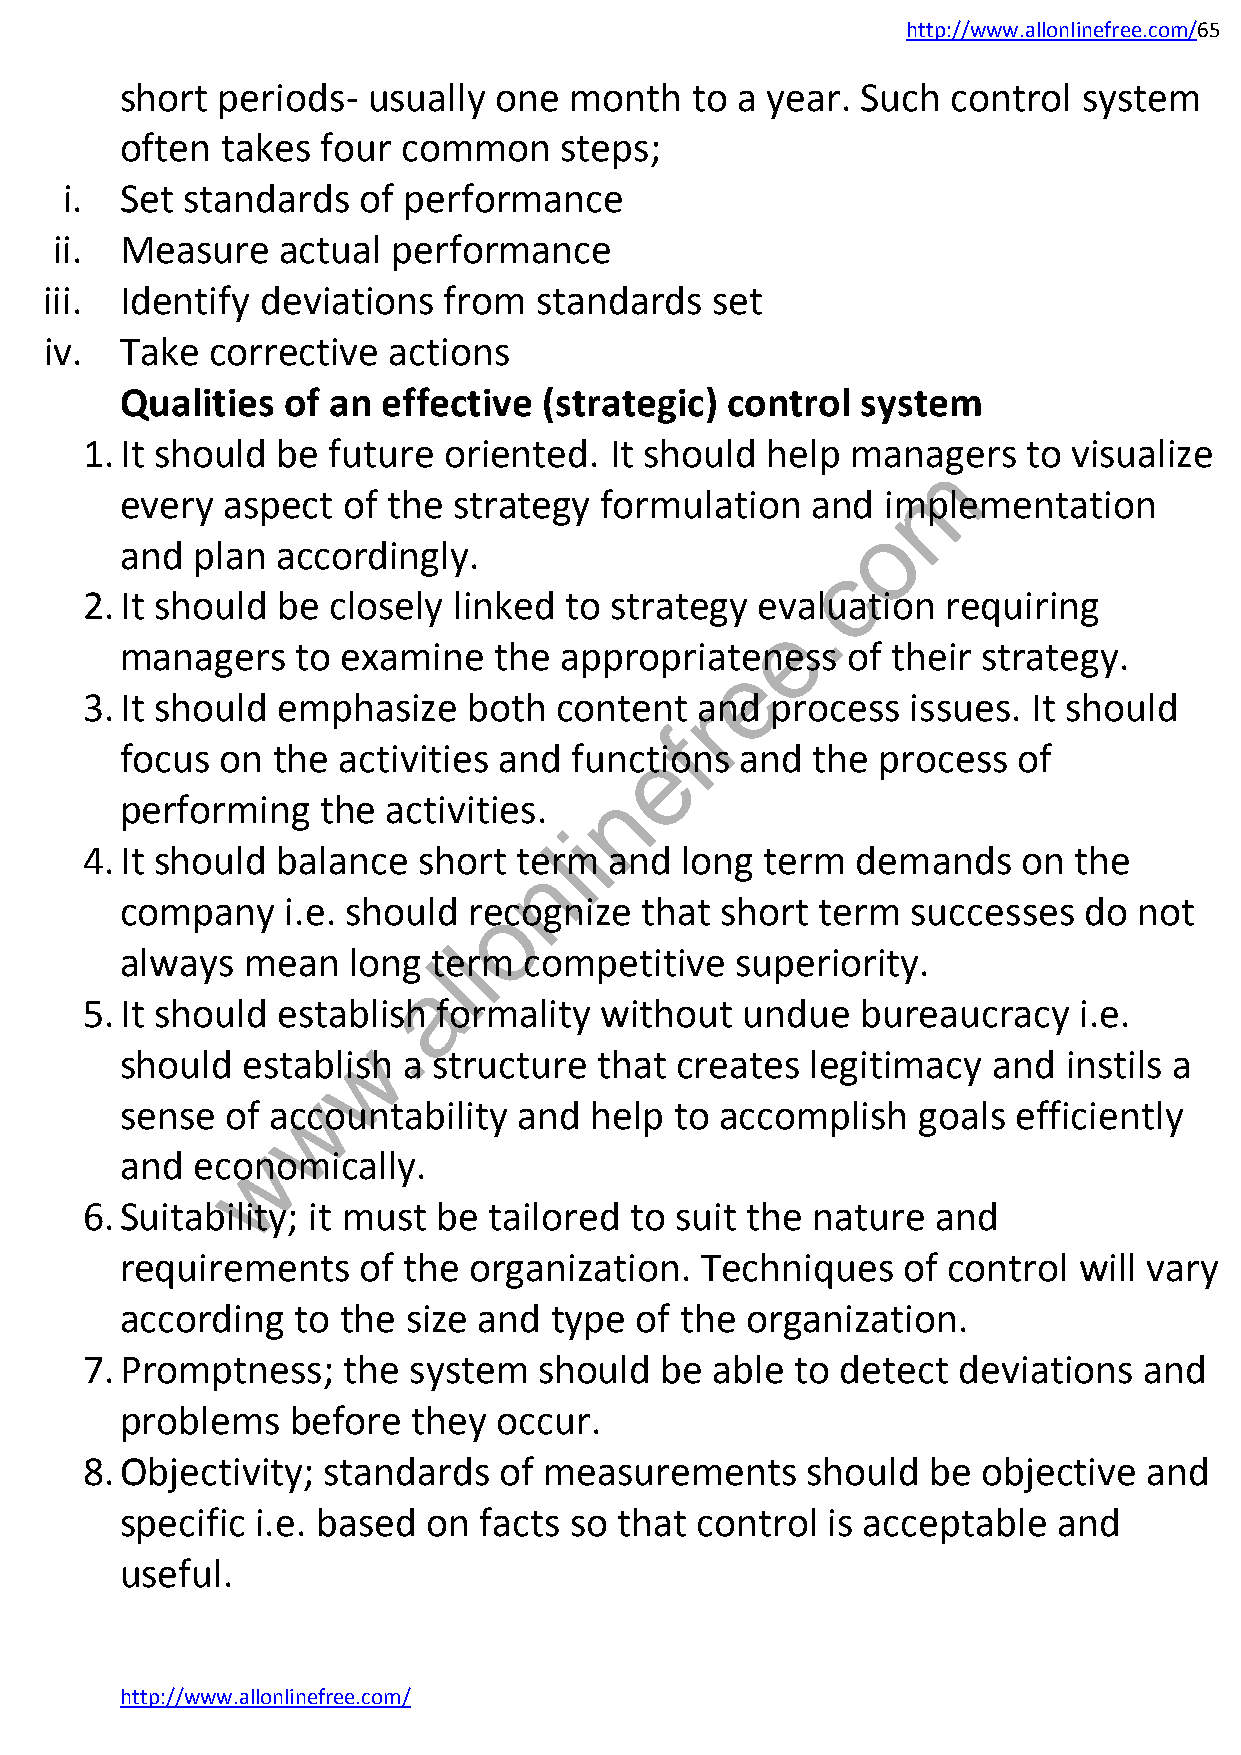
http://www.allonlinefree.com/65
 short periods-  usually  one  month   to a year. Such  control  system
 often  takes four  common    steps;
 i.  Set standards   of performance
 ii.  Measure    actual performance
 iii. Identify deviations  from  standards   set
 iv.  Take  corrective  actions
 Qualities  of an effective  (strategic) control  system
 1. It should be  future oriented.  It should  help managers    to visualize
 m
 every  aspect  of the strategy  formulation   and  implementation
 o
 and  plan accordingly.
 c
 2. It should be  closely linked to strategy  ev.aluation  requiring
 e
 managers    to examine   the appropriateness    of their strategy.
 e
 3. It should emphasize    both  content  rand process  issues. It should
 f
 focus  on the activities and  funcetions and  the process  of
 n
 performing   the  activities.
 i
 4. It should balance   short
 tel
 rm  and  long  term  demands    on the
 n
 company    i.e. should reocognize that  short term  successes   do not
 l
 always  mean   long  lterm competitive   superiority.
 a
 5. It should establish  formality  without  undue   bureaucracy   i.e.
 .
 w
 should  establish  a structure  that creates  legitimacy  and  instils a
 w
 sense  of accountability  and  help  to accomplish   goals efficiently
 w
 and  economically.
 6. Suitability; it must be tailored  to suit the nature  and
 requirements    of the organization.  Techniques    of control will vary
 according  to the  size and type  of the organization.
 7. Promptness;    the system   should  be able  to detect deviations   and
 problems   before  they  occur.
 8. Objectivity; standards   of measurements     should   be objective  and
 specific i.e. based on  facts so that control  is acceptable  and
 useful.
 http://www.allonlinefree.com/